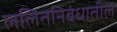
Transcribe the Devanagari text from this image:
ललितनिबंधातील